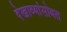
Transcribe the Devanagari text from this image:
देखाव्यांसोबत